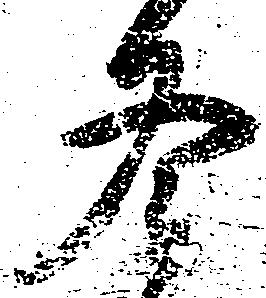
冬